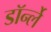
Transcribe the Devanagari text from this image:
डॉर्न्ले